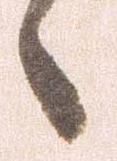
々